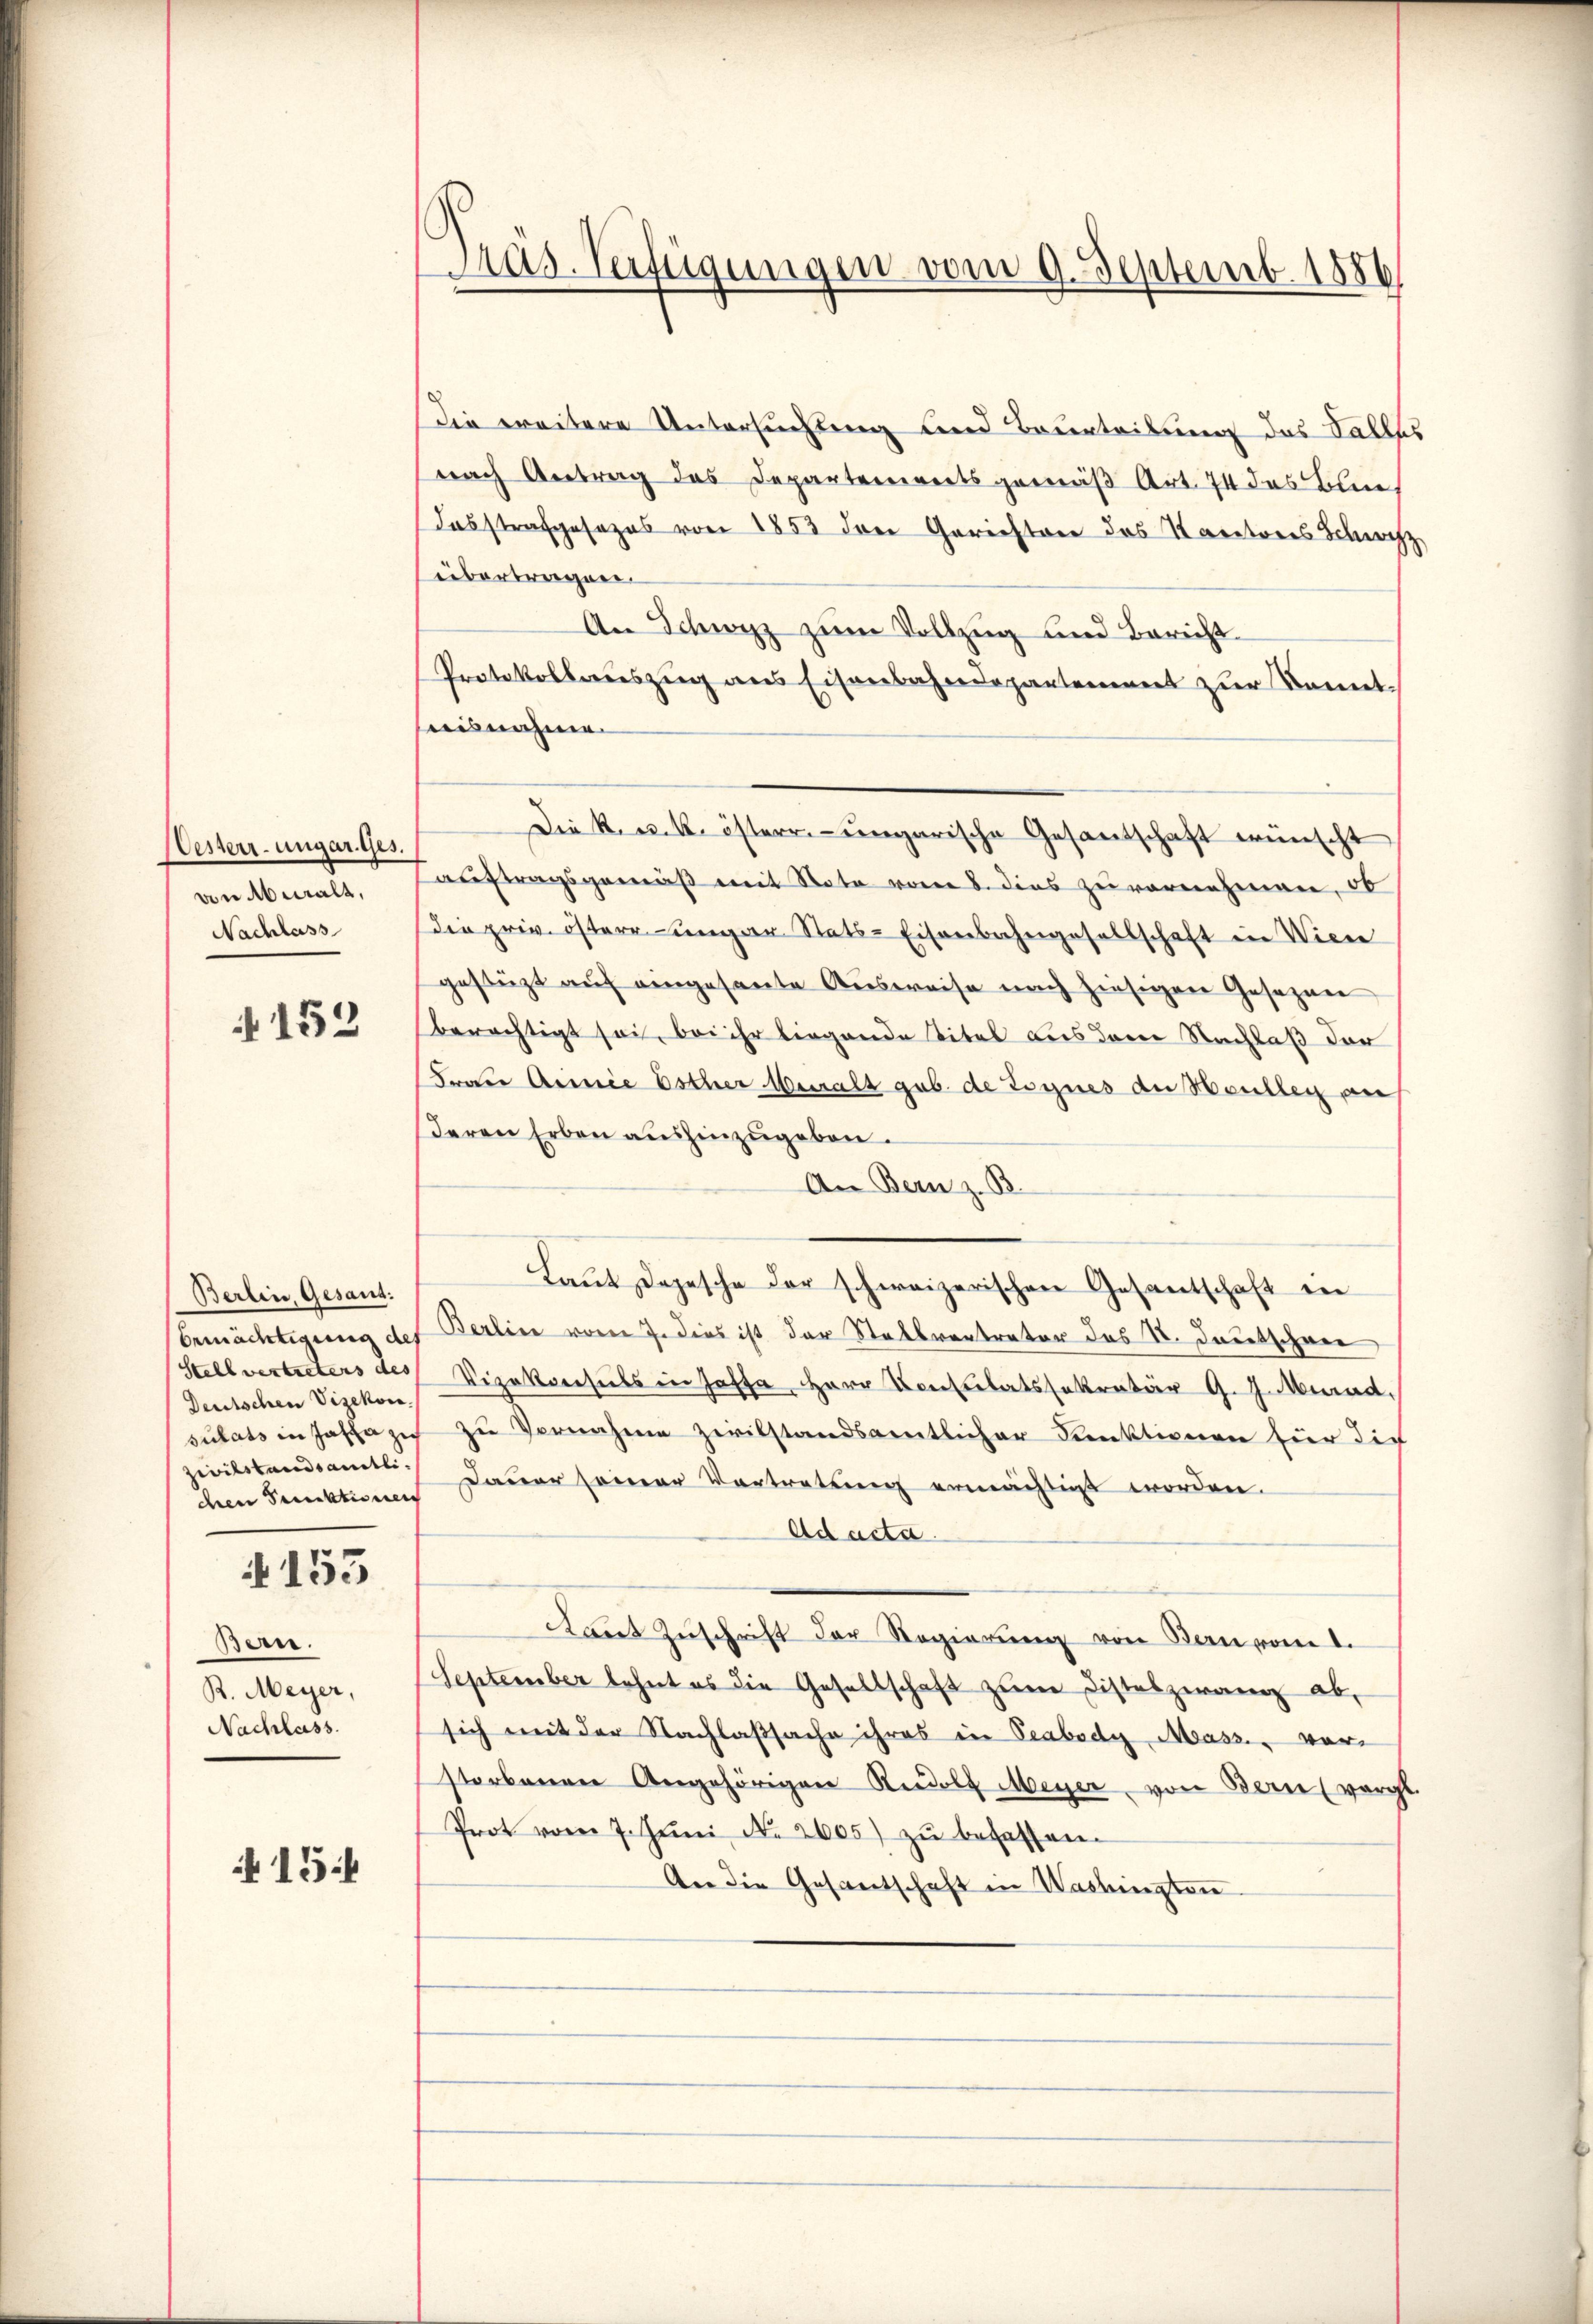
Wesserr-ungar. Ges.
von Aberalt,
Nachlass

4152

Berlin, Gesant:
Stellvertreters des
Deutschen Vizekon.
sulats in Jashazis
zivilstandsamtli
chen Punktionen

155

Bern.
R. Meyer,
Nachlass.

A 15

Präs. Verfügungen vom 9. Septemb. 1886

Die weitere Untersuchung und Beurteilung das Galles
nach Antrag des Departementsgemäß Art. 74 des Blic
desstrafgesezes von 1853 den Gerichten das Kantons Schochz
übertragen
An Schwyz zum Vollzug und Bericht
Protokollauszug aus Eisenbahndepartement zur Kennthiisnahme.
Die k. u. k. österr.-ungarische Gesantschaft wünscht
auftragsgemäß mit Note vom 8. dies zu vornehmen, ob
Die priv. östere ungar. Stats-Eisenbahngesellschaft in Wiene
gestüzt auf eingesante Ausweise nach hiesigen Gesezen
berächtigt sei, bei ihr liegende Titel aus dem Nachlaß der
Frau Aninie Esther Muralt gub. de tognes der Maulleg an
deren Erben aushinzugeben.
An Bern z. B.
Laŭt Depesche der schweizerischen Gesantschaft in
Ermächtigung des Berlin vom 7. dies ist der Stallvertreter das St. Deutschrei
Vizekonsuls in Jasse Herr Constitatssekretär G. J. Murad,
zu Vernahme zivilstandsamtlicher Funktionen für die
Dauer seiner Vertretung ermächtigt worden.
Ad acta.
kaut Zuschrift der Regierung von Kan vom 1.
September lehnt es die Gesellschaft zŭm Disteszwang ab,
sich mit der Nachlaßsache ihres in Seabody Mass. vorstorbenen Angehörigen Rudolf Meyer von Bern (vergl.
Prot vom 7. Jŭni No. 2605) zŭ besassen.
An die Gesantschaft in Washington